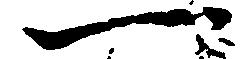
一